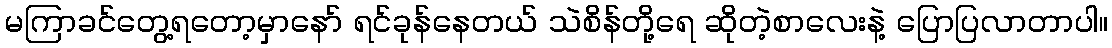
မကြာခင်တွေ့ရတော့မှာနော် ရင်ခုန်နေတယ် သဲစိန်တို့ရေ ဆိုတဲ့စာလေးနဲ့ ပြောပြလာတာပါ။